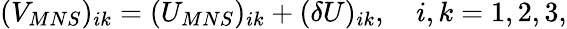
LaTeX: (V_{MNS})_{ik}=(U_{MNS})_{ik}+(\delta U)_{ik},\quad i,k=1,2,3,